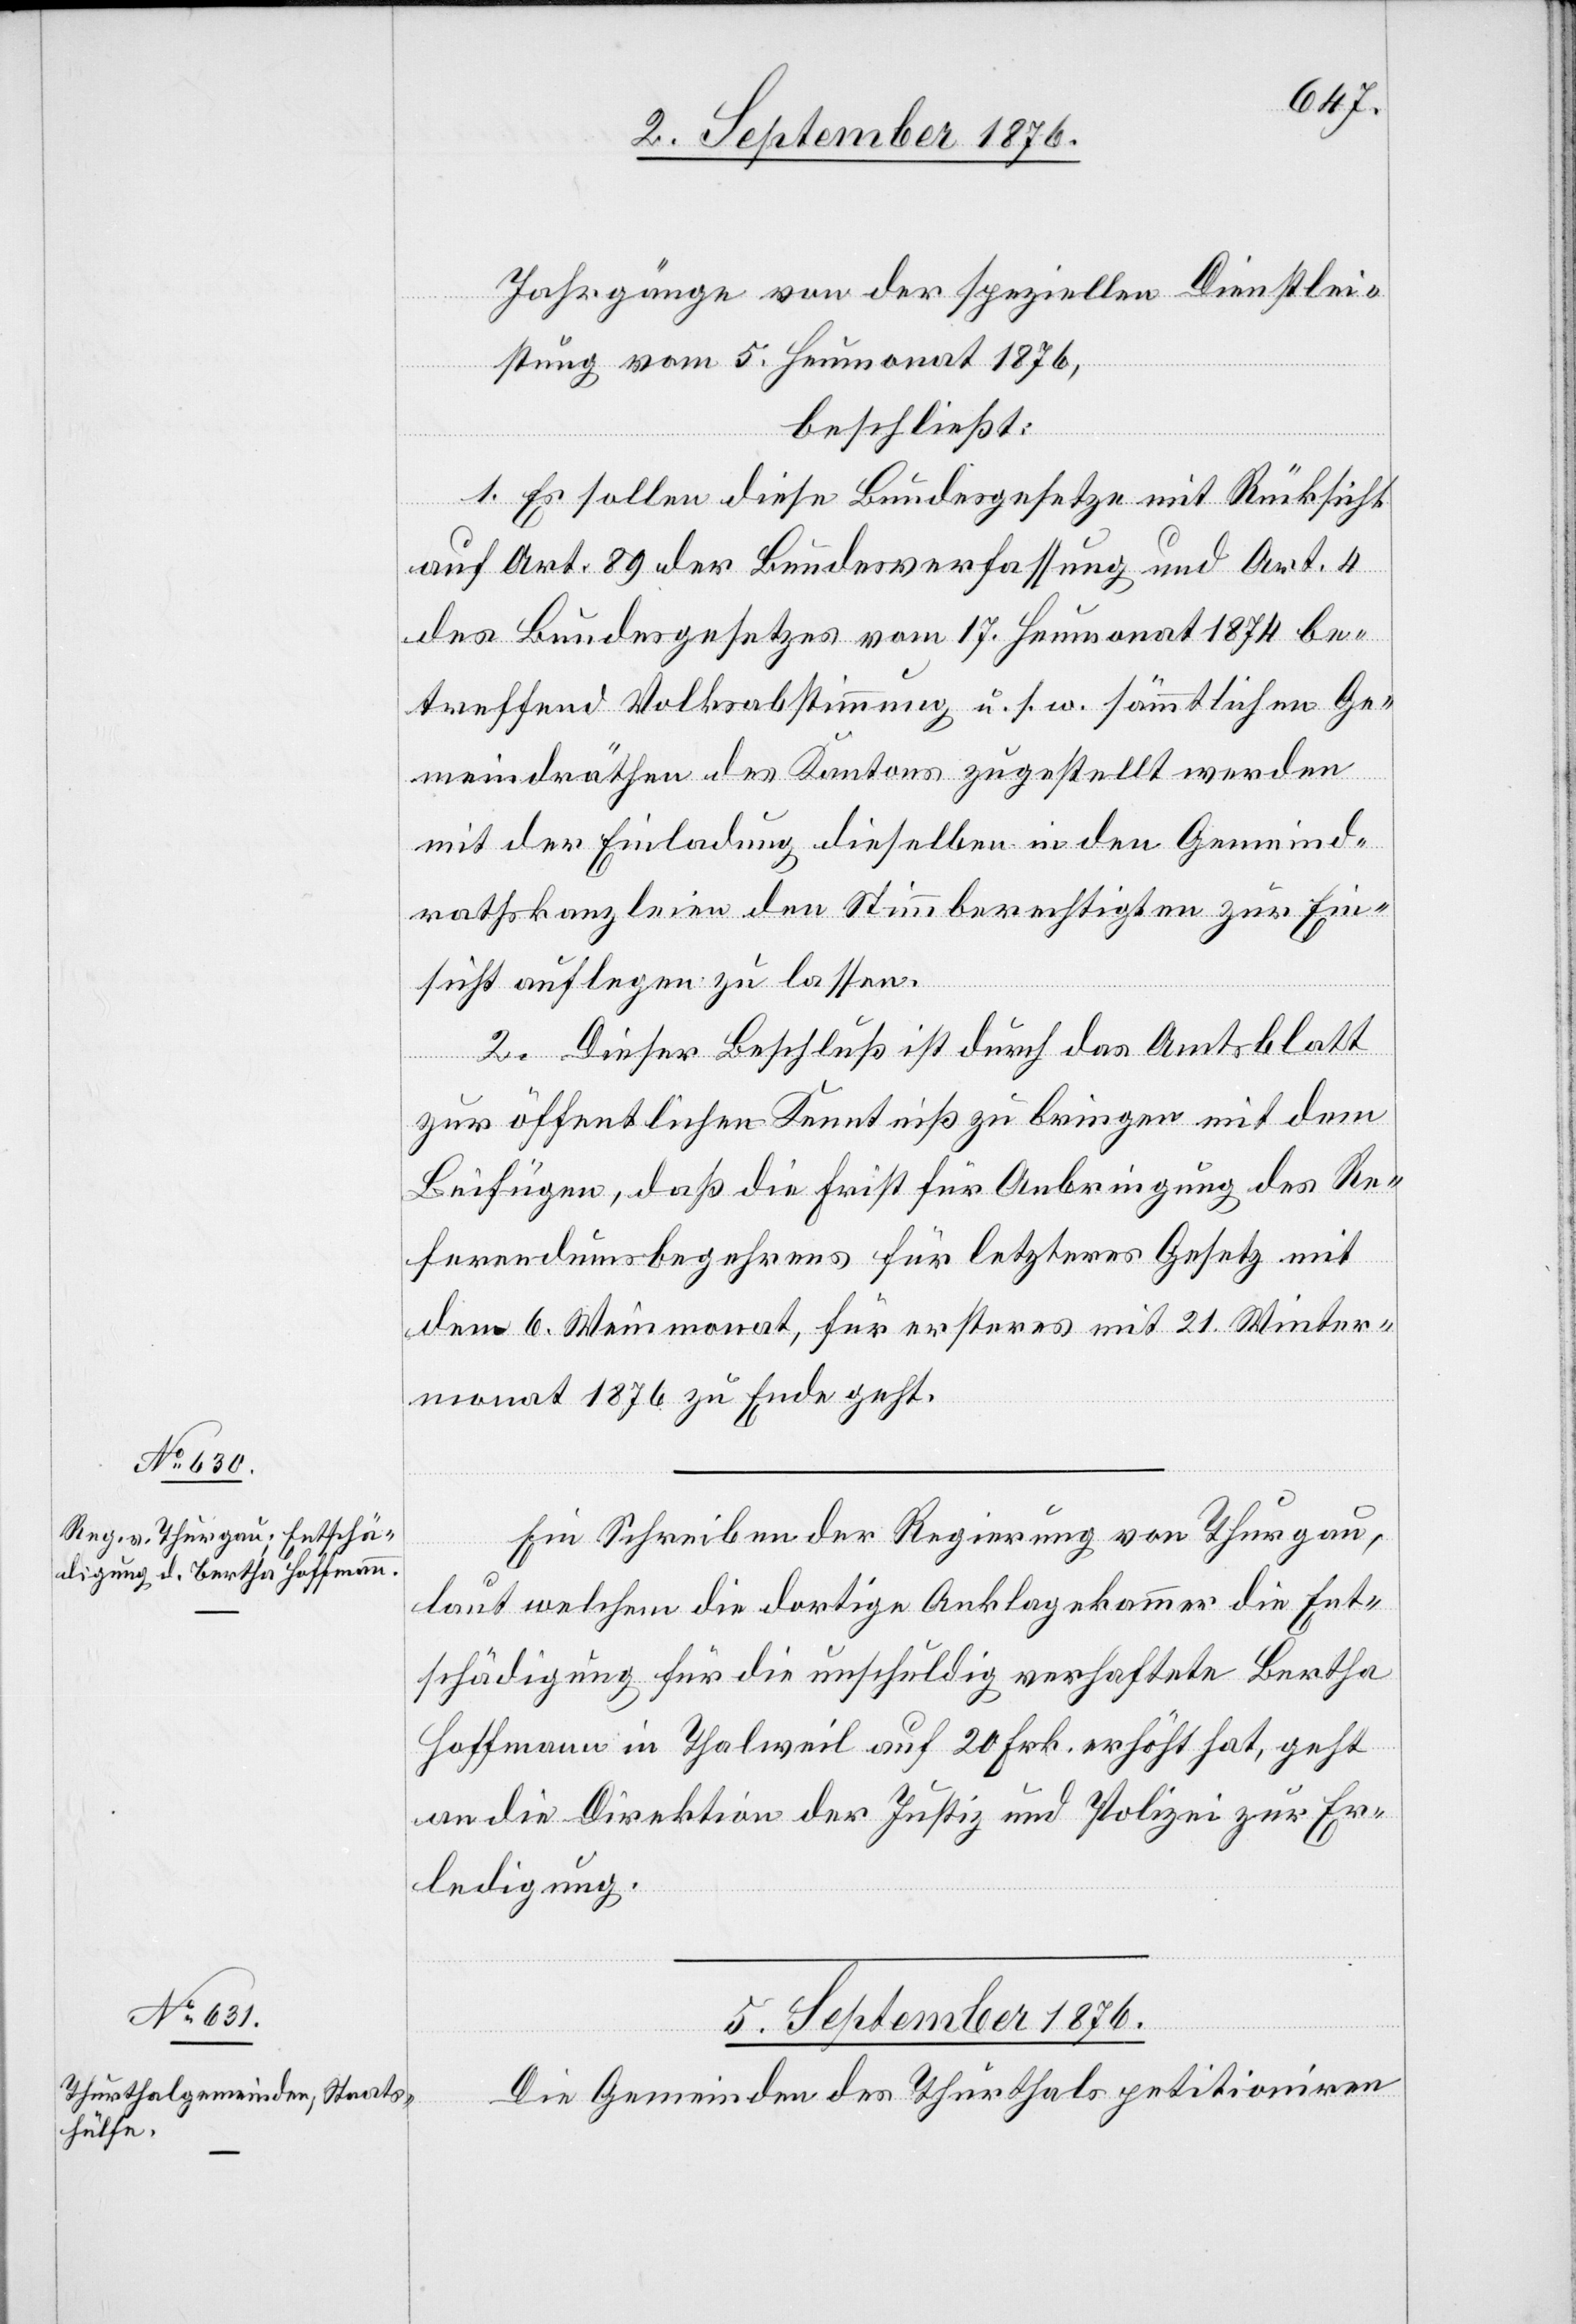
4. September 1876.]
Jahrgänge von der speziellen Dienstlei¬
stung vom 5. Heumonat 1876,
beschließt:
1. Es sollen diese Bundesgesetze mit Rücksicht
auf Art. 89 der Bundesverfassung und Art. 4
des Bundesgesetzes vom 17. Heumonat 1874 be¬
treffend Volksabstimmung u. s. w. sämmtlichen Ge¬
meindräthen des Kantons zugestellt werden
mit der Einladung dieselben in den Gemeind¬
rathskanzleien den Stimmberechtigten zur Ein¬
sicht auflegen zu lassen.
2. Dieser Beschluß ist durch das Amtsblatt
zur öffentlichen Kenntniß zu bringen mit dem
Beifügen, daß die Frist für Anbringung des Re¬
ferendumsbegehrens für letzteres Gesetz mit
dem 6. Weinmonat, für ersteres mit 21. Winter¬
monat 1876 zu Ende geht.
Ein Schreiben der Regierung von Thurgau,
laut welchem die dortige Anklagekammer die Ent¬
schädigung für die unschuldig verhaftete Bertha
Hoffmann in Thalweil auf 20 Frk. erhöht hat, geht
an die Direktion der Justiz und Polizei zur Er¬
ledigung.
5. September 1876.
Die Gemeinden des Thurthals petitioniren